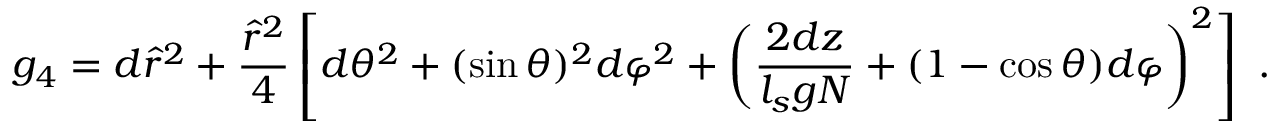
g _ { 4 } = d \hat { r } ^ { 2 } + \frac { \hat { r } ^ { 2 } } { 4 } \left[ d \theta ^ { 2 } + ( \sin \theta ) ^ { 2 } d \varphi ^ { 2 } + \left( \frac { 2 d z } { l _ { s } g N } + ( 1 - \cos \theta ) d \varphi \right) ^ { 2 } \right] ~ .